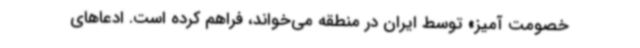
خصومت آمیز» توسط ایران در منطقه می‌خواند، فراهم کرده است. ادعاهای